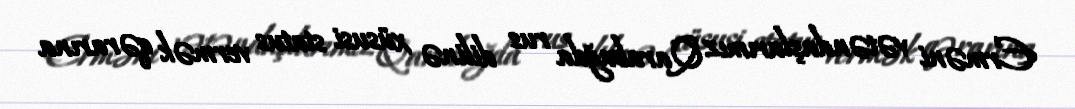
Erməni vətəndaşlarımız Qarabağda rus dilinə xüsusi status vermək qərarına